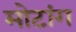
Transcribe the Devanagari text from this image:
मोटांग